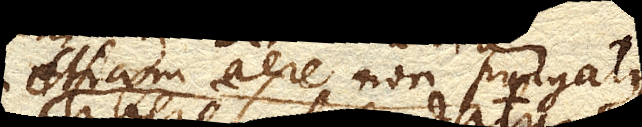
etiam aere non purgatus